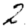
Digit: 2